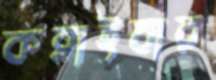
কব্‌লাইবার